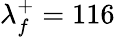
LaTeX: \lambda_{f}^{+}=116